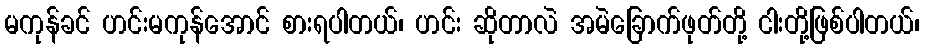
မကုန်ခင် ဟင်းမကုန်အောင် စားရပါတယ်၊ ဟင်း ဆိုတာလဲ အမဲခြောက်ဖုတ်တို့ ငါးတို့ဖြစ်ပါတယ်၊